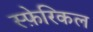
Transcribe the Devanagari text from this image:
स्फ़ेरिकल